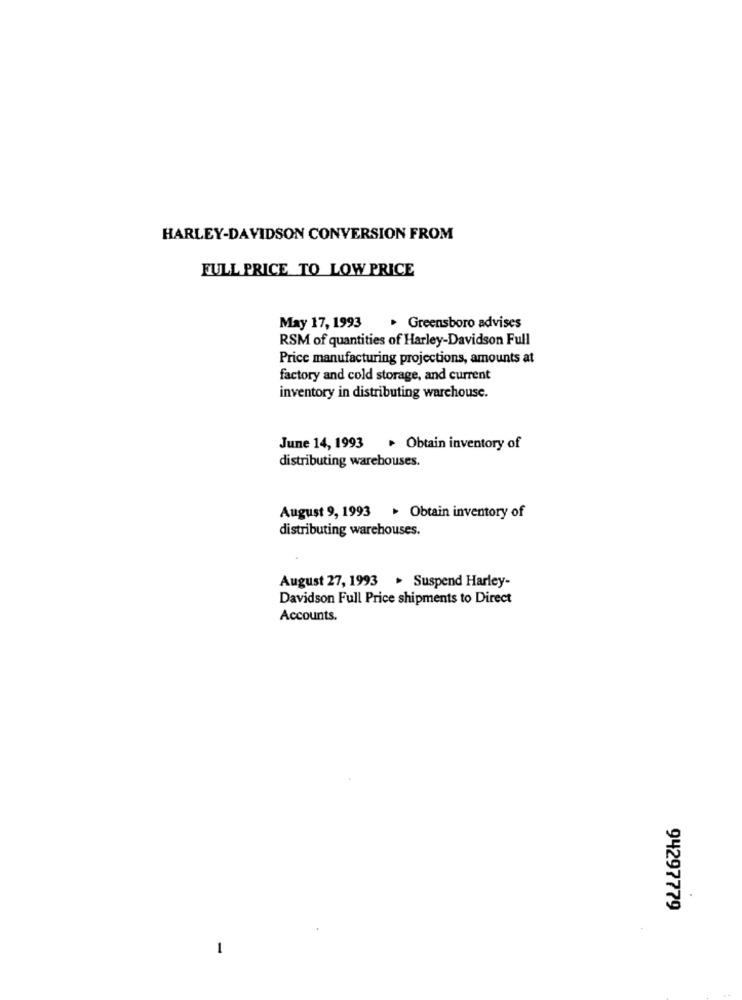
HARLEY-DAVIDSON CONVERSION FROM
FULL PRICE TO LOW PRICE
May 17, 1993
. Greensboro advises
RSM of quantities of Harley-Davidson Full
Price manufacturing projections, amounts at
factory and cold storage, and current
inventory in distributing warehouse.
June 14, 1993 . Obtain inventory of
distributing warehouses.
August 9, 1993 > Obtain inventory of
distributing warehouses.
August 27, 1993 . Suspend Harley-
Davidson Full Price shipments to Direct
Accounts.
94297779
-